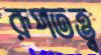
রূপতত্ত্ব